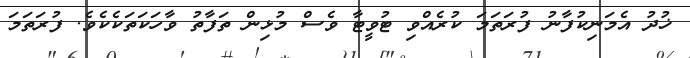
ޚުދު އެމަނިކުފާނު ފުރަތަމަ ކުރެއްވި ޓުވީޓާ ވެސް މުޅިން ތަފާތު ވާހަކަތަކެކެވެ. ފުރަތަމަ